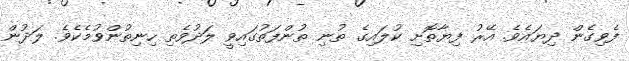
ފެވިގެން ދިޔައެވެ. އޭރު ފިޔާތޮށި ކުލައިގެ ތުނި ތުންފަތުގައިވީ ލަދުވެތި ހިނިތުންވުމެކެވެ. ލަދުން